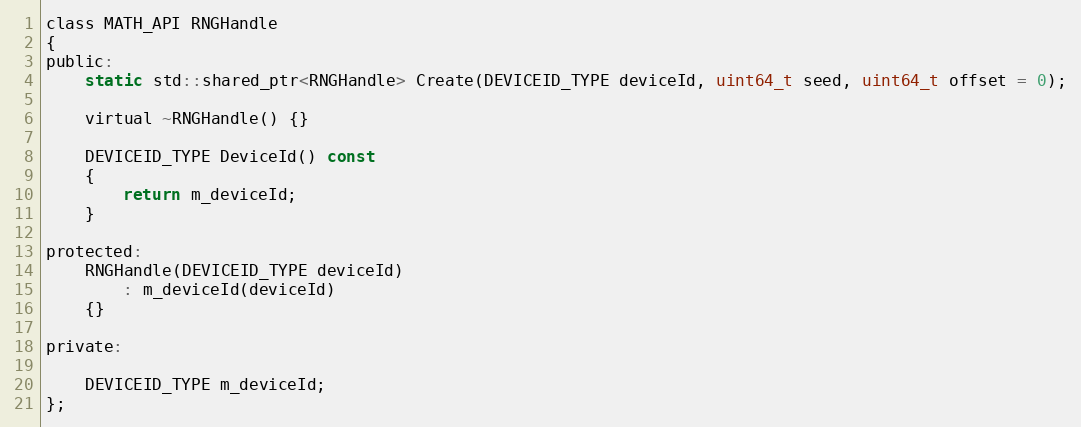
Language: C
class MATH_API RNGHandle
{
public:
    static std::shared_ptr<RNGHandle> Create(DEVICEID_TYPE deviceId, uint64_t seed, uint64_t offset = 0);

    virtual ~RNGHandle() {}

    DEVICEID_TYPE DeviceId() const
    {
        return m_deviceId;
    }

protected:
    RNGHandle(DEVICEID_TYPE deviceId)
        : m_deviceId(deviceId)
    {}

private:

    DEVICEID_TYPE m_deviceId;
};